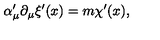
\alpha _ { \mu } ^ { \prime } \partial _ { \mu } \xi ^ { \prime } ( x ) = m \chi ^ { \prime } ( x ) ,